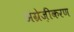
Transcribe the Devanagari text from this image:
अंग्रेज़ीकरण